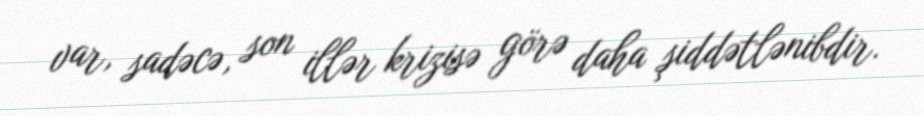
var, sadəcə, son illər krizisə görə daha şiddətlənibdir.